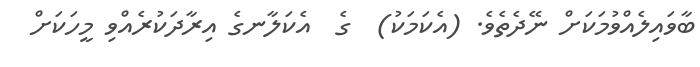
ބާވައިލެއްވުމަކަށް ނޭދެތެވެ. (އެކަމަކު)  ގެ  އެކަލާނގެ އިރާދަކުރެއްވި މީހަކަށް